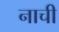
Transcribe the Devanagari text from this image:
नाची